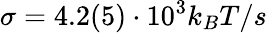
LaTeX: \sigma=4.2(5)\cdot 10^{3}k_{B}T/s